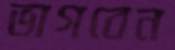
ভাগবেন